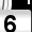
Digit: 6